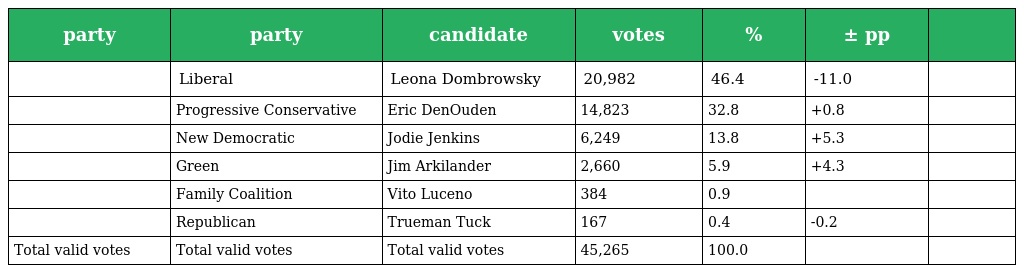
| party | party | candidate | votes | % | ± pp |  |
 | --- | --- | --- | --- | --- | --- | --- |
 |  | Liberal | Leona Dombrowsky | 20,982 | 46.4 | -11.0 |  |
 |  | Progressive Conservative | Eric DenOuden | 14,823 | 32.8 | +0.8 |  |
 |  | New Democratic | Jodie Jenkins | 6,249 | 13.8 | +5.3 |  |
 |  | Green | Jim Arkilander | 2,660 | 5.9 | +4.3 |  |
 |  | Family Coalition | Vito Luceno | 384 | 0.9 |  |  |
 |  | Republican | Trueman Tuck | 167 | 0.4 | -0.2 |  |
 | Total valid votes | Total valid votes | Total valid votes | 45,265 | 100.0 |  |  |